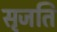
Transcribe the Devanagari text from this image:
सृजति